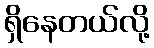
ရှိနေတယ်လို့